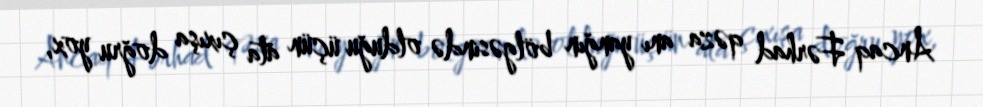
Ancaq Fərhad qəza anı yanğın bölgəsində olduğu üçün ata çıxışa doğru yox,